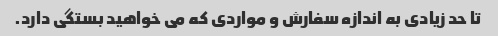
تا حد زیادی به اندازه سفارش و مواردی که می خواهید بستگی دارد.